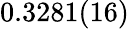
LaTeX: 0.3281(16)